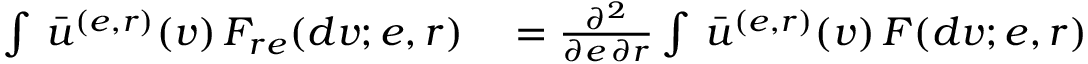
\begin{array} { r l } { \int \, \bar { u } ^ { ( e , r ) } ( v ) \, F _ { r e } ( d v ; e , r ) } & { { } = \frac { \partial ^ { 2 } } { \partial e \, \partial r } \int \, \bar { u } ^ { ( e , r ) } ( v ) \, F ( d v ; e , r ) } \end{array}